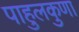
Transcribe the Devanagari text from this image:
पाहुलकुणा